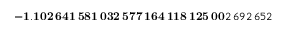
\mathbf { - 1 . 1 0 2 \, 6 4 1 \, 5 8 1 \, 0 3 2 \, 5 7 7 \, 1 6 4 \, 1 1 8 \, 1 2 5 \, 0 0 } 2 \, 6 9 2 \, 6 5 2